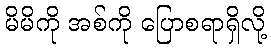
မိမိကို အစ်ကို ပြောစရာရှိလို့